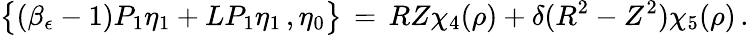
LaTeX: \bigl\{ (\beta_{\epsilon}-1)P_{1}\eta_{1}+LP_{1}\eta_{1}\, ,\eta_{0}\bigr\} \, =\, RZ\chi_{4}(\rho)+\delta(R^{2}-Z^{2})\chi_{5}(\rho)\, .